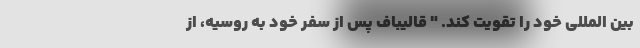
بین المللی خود را تقویت کند. " قالیباف پس از سفر خود به روسیه، از